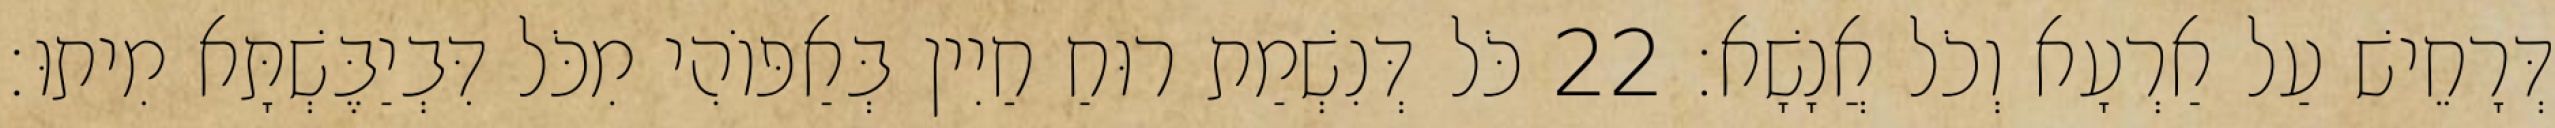
דְּרָחֵישׁ עַל אַרְעָא וְכֹל אֲנָשָׁא׃ 22 כֹּל דְּנִשְׁמַת רוּחַ חַיִין בְּאַפּוֹהִי מִכֹּל דִּבְיַבֶּשְׁתָּא מִיתוּ׃